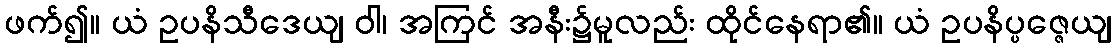
ဖက်၍။ ယံ ဥပနိသီဒေယျ ဝါ၊ အကြင် အနီး၌မူလည်း ထိုင်နေရာ၏။ ယံ ဥပနိပ္ပဇ္ဇေယျ